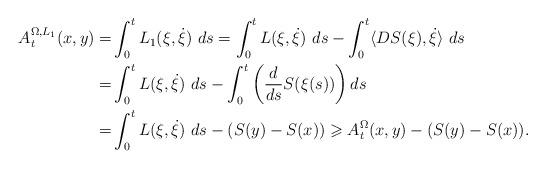
LaTeX: \begin{align*}A^{\Omega,L_1}_t(x,y)=&\int^t_0L_1(\xi,\dot{\xi})\ ds=\int^t_0L(\xi,\dot{\xi})\ ds-\int^t_0\langle DS(\xi),\dot{\xi}\rangle\ ds\\=&\int^t_0L(\xi,\dot{\xi})\ ds-\int^t_0\left(\frac d{ds}S(\xi(s))\right) ds\\=&\int^t_0L(\xi,\dot{\xi})\ ds-(S(y)-S(x))\geqslant A^{\Omega}_t(x,y)-(S(y)-S(x)).\end{align*}